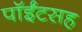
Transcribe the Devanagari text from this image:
पॉईंटसह